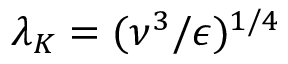
\lambda _ { K } = ( \nu ^ { 3 } / \epsilon ) ^ { 1 / 4 }